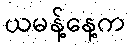
ယမန့်နေ့က